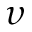
\upsilon